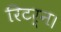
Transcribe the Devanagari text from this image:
रिटर्न।